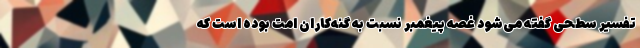
تفسیر سطحی گفته می‌شود غصه پیغمبر نسبت به گنه‌کاران امت بوده است که